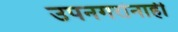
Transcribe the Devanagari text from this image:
उपनगरांनाही